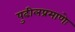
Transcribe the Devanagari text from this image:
पुढीलप्रमाणेः